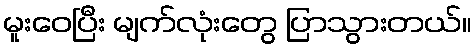
မူးဝေပြီး မျက်လုံးတွေ ပြာသွားတယ်။